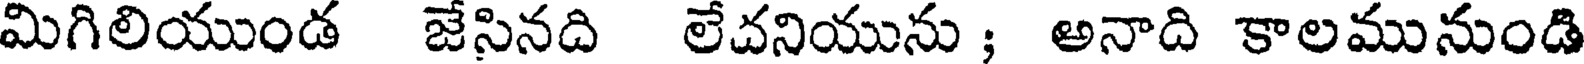
మిగిలియుండ జేసినది లేచనియును ; అనాది కాలమునుండి